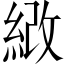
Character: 𦀻